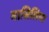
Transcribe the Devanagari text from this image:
मासिलिया